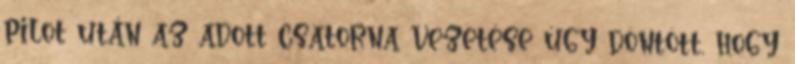
pilot után az adott csatorna vezetése úgy döntött, hogy